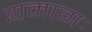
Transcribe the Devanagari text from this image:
यमागः